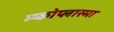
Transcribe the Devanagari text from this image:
म्य्कोप्लास्मा